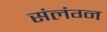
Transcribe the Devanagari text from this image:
संलंग्न